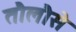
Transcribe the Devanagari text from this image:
तौलौसे